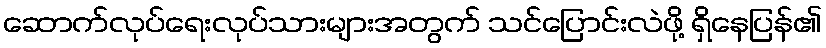
ဆောက်လုပ်ရေးလုပ်သားများအတွက် သင်ပြောင်းလဲဖို့ ရှိနေပြန်၏